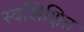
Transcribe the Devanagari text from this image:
स्वशिक्षित